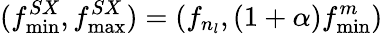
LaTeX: (f_{\operatorname*{min}}^{SX},f_{\operatorname*{max}}^{SX})=(f_{n_{l}},(1+\alpha)f_{\operatorname*{min}}^{m})